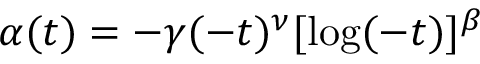
\alpha ( t ) = - \gamma ( - t ) ^ { \nu } [ \log ( - t ) ] ^ { \beta }